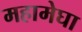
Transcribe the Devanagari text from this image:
महामेघा